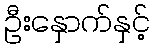
ဦးနှောက်နှင့်